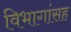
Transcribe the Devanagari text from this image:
विभागांसह